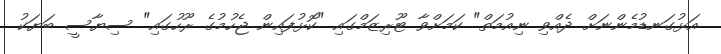
އަޅުގަނޑުމެންނަށް ދެއްވި ނިއުމަތް" ކަމަށްވާ ޓޫރިޒަމްގައި "ކޮޅުފައިން ޖެހުމުގެ ރޫހުގައި" ސިޔާސީ ބަޔަކު